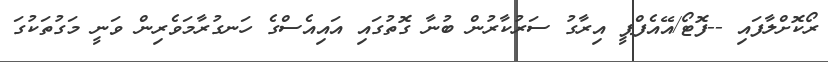
ރޯކޮށްލާފައި --ފޮޓޯ/އޭއެފްޕީ އިރާގު ސަރުކާރުން ބުނާ ގޮތުގައި އައިއެސްގެ ހަނގުރާމަވެރިން ވަނީ މަގުތަކުގަ